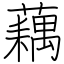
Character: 藕